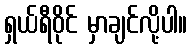
ရှယ်ရီဝိုင် မှာချင်လို့ပါ။